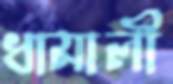
ধামালী